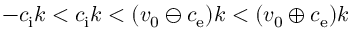
- c _ { \mathrm { i } } k < c _ { \mathrm { i } } k < ( v _ { 0 } \ominus c _ { \mathrm { e } } ) k < ( v _ { 0 } \oplus c _ { \mathrm { e } } ) k